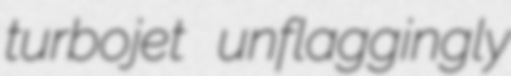
turbojet unflaggingly